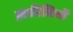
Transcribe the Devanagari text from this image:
ख़ारिजियों